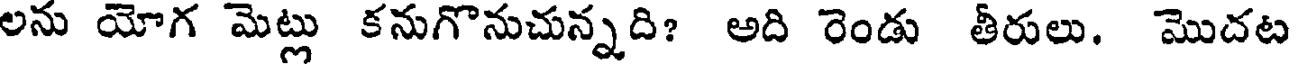
లను యోగ మెట్లు కనుగొనుచున్నది? అది రెండు తీరులు. మొదట